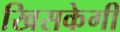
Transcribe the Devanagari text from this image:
खिसकेगी